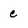
Character: c